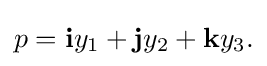
p=\mathbf {i} y_{1}+\mathbf {j} y_{2}+\mathbf {k} y_{3}.\,\!